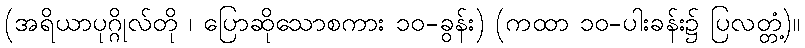
(အရိယာပုဂ္ဂိုလ်တို ၊ ပြောဆိုသောစကား ၁၀-ခွန်း) (ကထာ ၁၀-ပါးခန်း၌ ပြလတ္တံ့)။